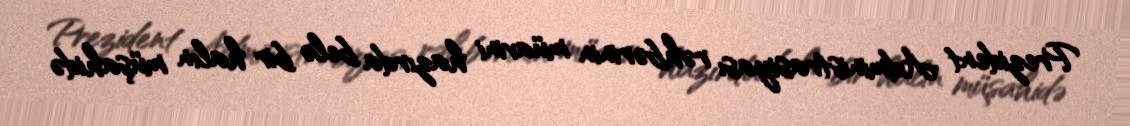
Prezident Administrasiyası rəhbərinin müavini hazırda belə bir halın müşahidə